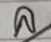
ล